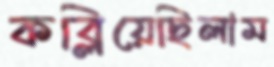
কব্‌লিয়েছিলাম